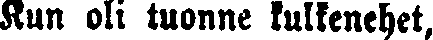
Kun oli tuonne kulkenehet,